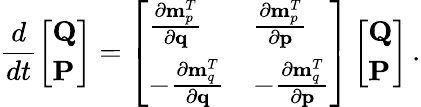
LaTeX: \frac{d}{dt}\left[\begin{array}{l}{\mathbf{Q}}\\ {\mathbf{P}}\end{array}\right]=\left[\begin{array}{ll}{\frac{\partial{\mathbf m}_{p}^{T}}{\partial{\mathbf q}}}&{\frac{\partial{\mathbf m}_{p}^{T}}{\partial{\mathbf p}}}\\ {-\frac{\partial{\mathbf m}_{q}^{T}}{\partial{\mathbf q}}}&{-\frac{\partial{\mathbf m}_{q}^{T}}{\partial{\mathbf p}}}\end{array}\right]\left[\begin{array}{l}{\mathbf{Q}}\\ {\mathbf{P}}\end{array}\right]\, .